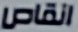
انقاص